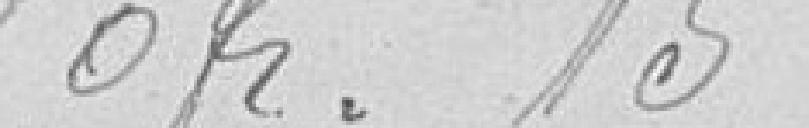
O franc 15